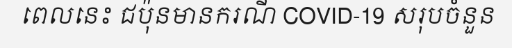
ពេលនេះ ជប៉ុនមានករណី COVID-19 សរុបចំនួន